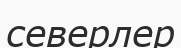
северлер